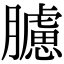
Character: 𦢛